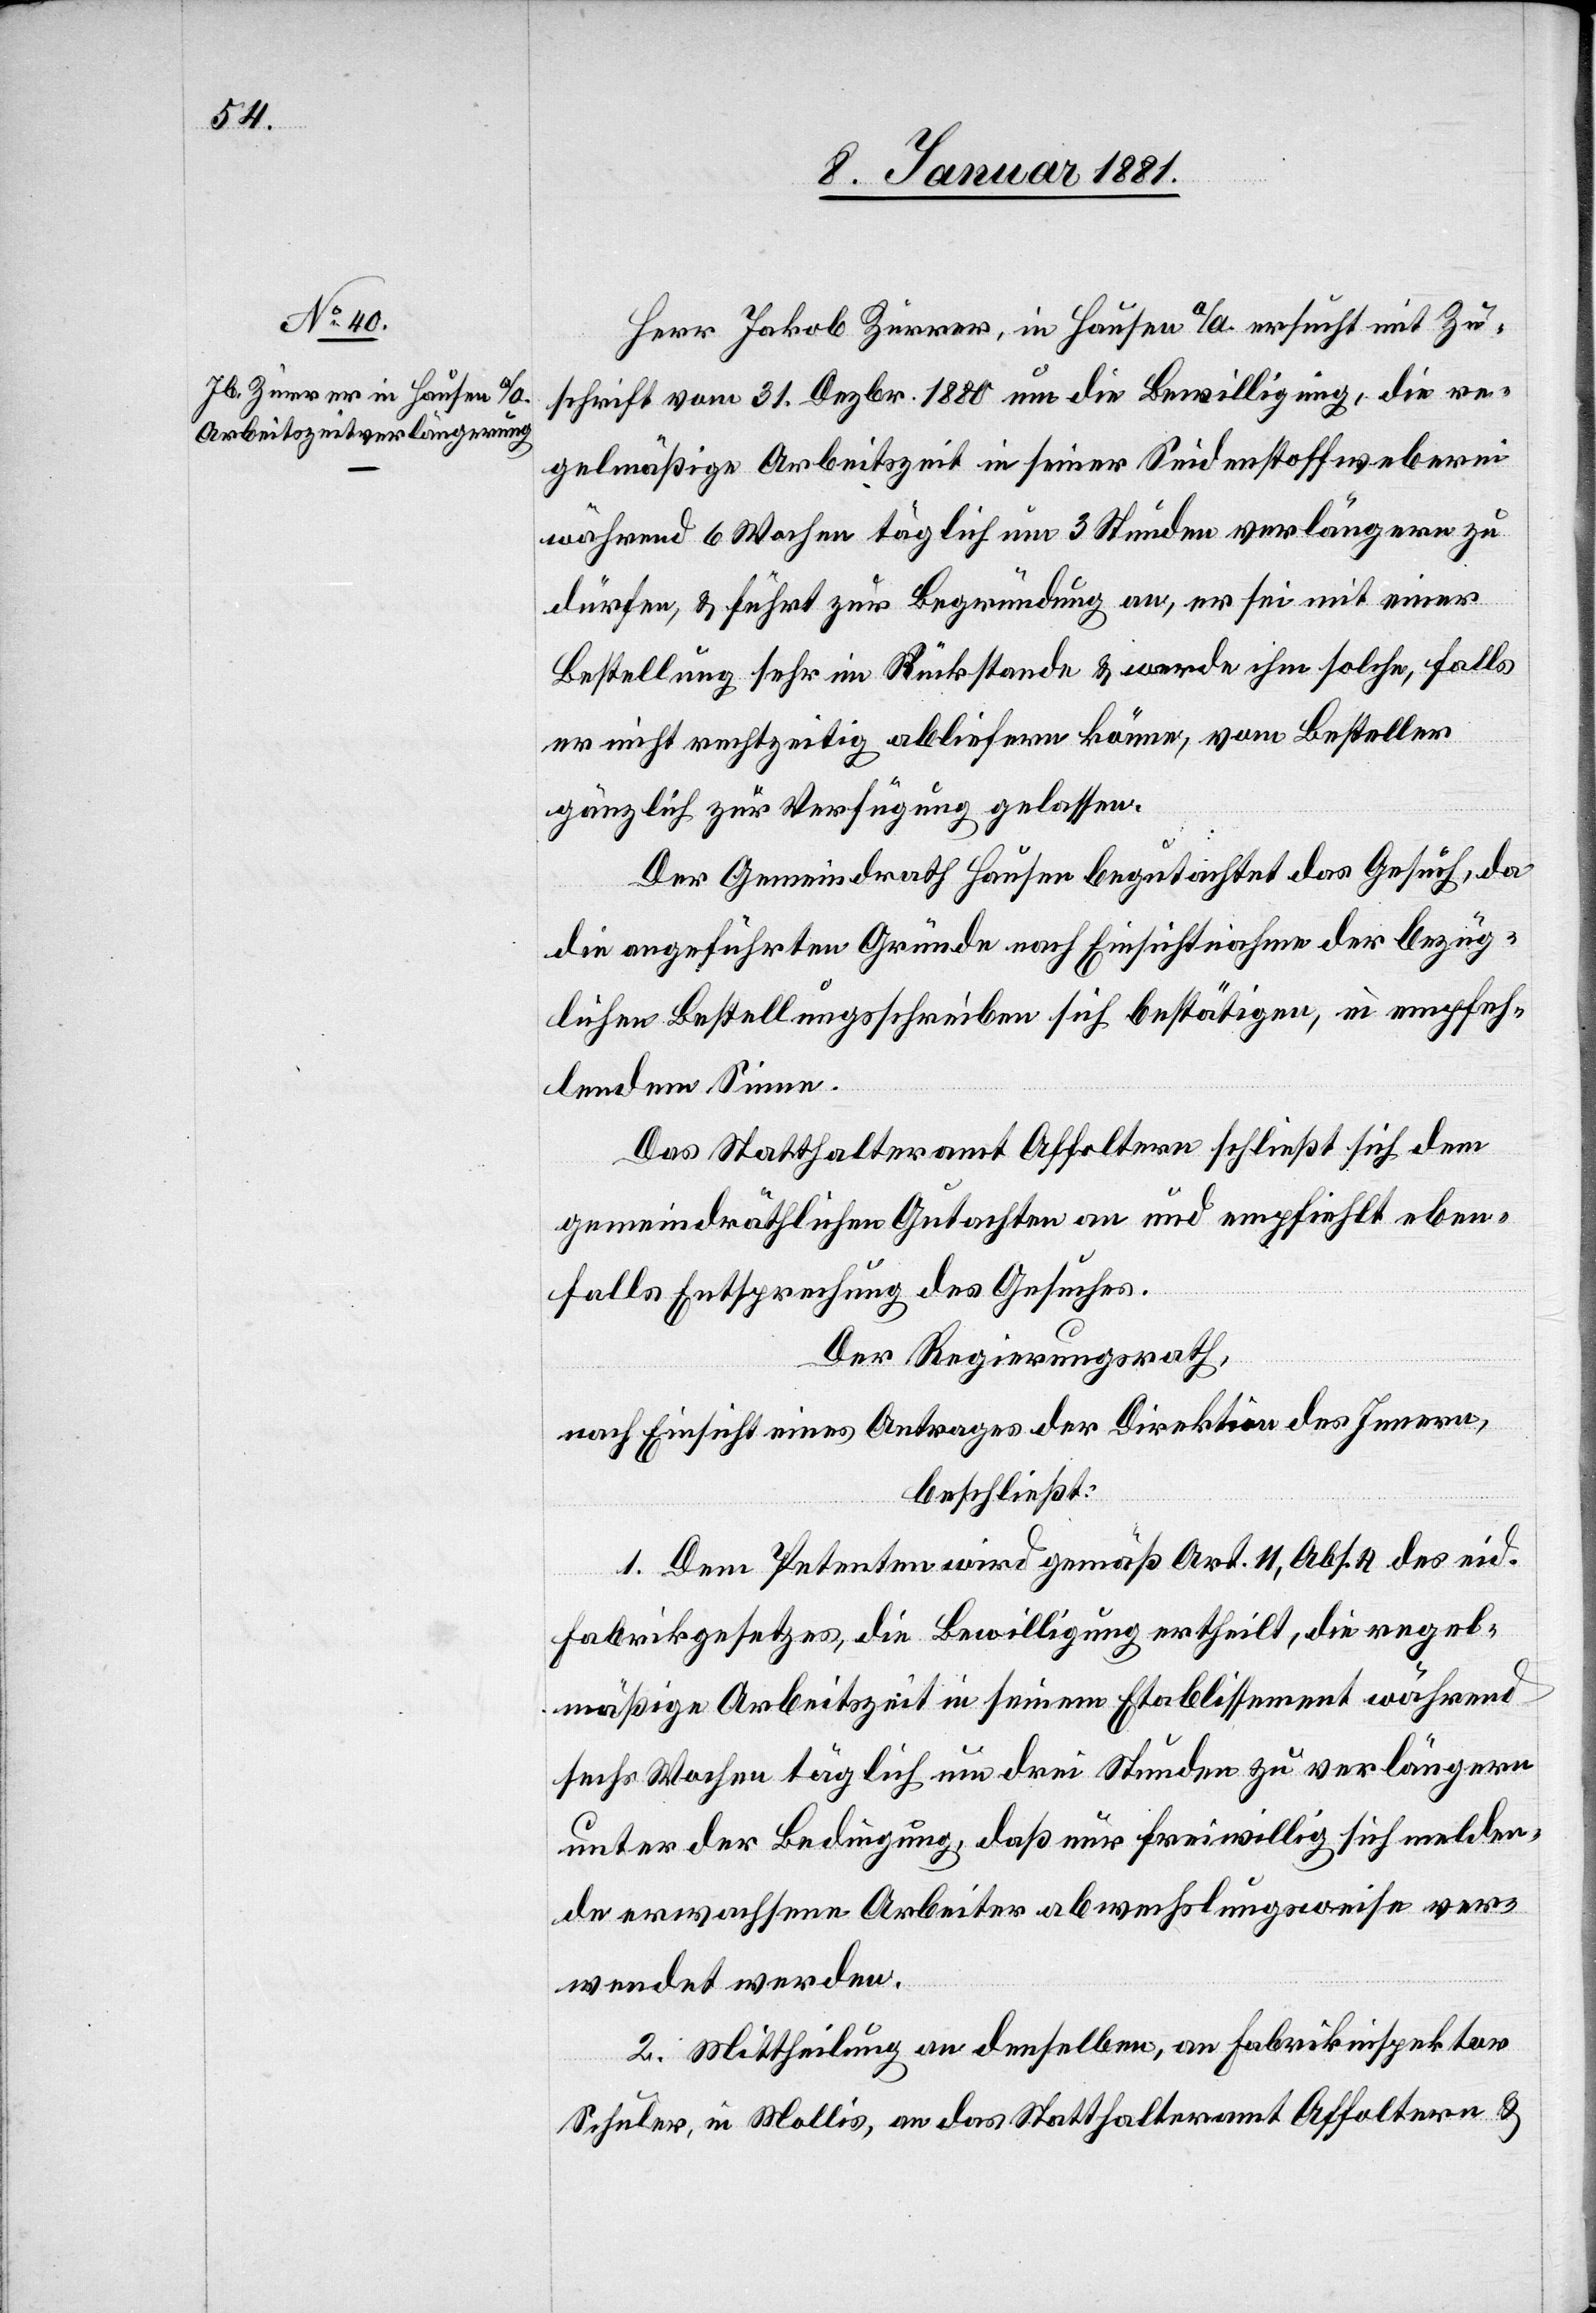
12. Januar 1881.]
Herr Jakob Zurrer, in Hausen a/A. ersucht mit Zu¬
schrift von 31. Dezbr. 1880 um die Bewilligung, die re¬
gelmäßige Arbeitszeit in seiner Seidenstoffweberei
während 6 Wochen täglich um 3 Stunden verlängern zu
dürfen, & führt zur Begründung an, er sei mit einer
Bestellung sehr im Rückstande & werde ihm solche, falls
er nicht rechtzeitig abliefern könne, vom Besteller
gänzlich zur Verfügung gelassen.
Der Gemeindrath Hausen begutachtet das Gesuch, da
die angeführten Gründe nach Einsichtnahme der bezüg¬
lichen Bestellungsschreiben sich bestätigen, in empfeh¬
lendem Sinne.
Das Statthalteramt Affoltern schließt sich dem
gemeindräthlichen Gutachten an und empfiehlt eben¬
falls Entsprechung des Gesuches.
Der Regierungsrath,
nach Einsicht eines Antrages der Direktion des Innern,
beschließt:
1. Dem Petenten wird gemäß Art. 11, Abs. 4 des eid.
Fabrikgesetzes, die Bewilligung ertheilt, die regel¬
mäßige Arbeitszeit in seinem Etablissement während
sechs Wochen täglich um drei Stunden zu verlängern
unter der Bedingung, daß nur freiwillig sich melden¬
de erwachsene Arbeiter abwechslungsweise ver¬
wendet werden.
2. Mittheilung an denselben, an Fabrikinspektor
Schuler in Mollis, an das Statthalteramt Affoltern &